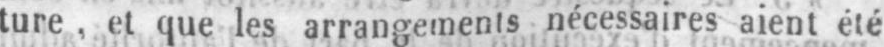
ture, et que les arrangements nécessaires aient été